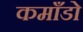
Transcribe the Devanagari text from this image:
कमाँडो